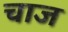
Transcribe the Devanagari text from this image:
चाज